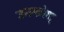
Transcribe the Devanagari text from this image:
उनकोश्